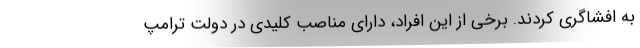
به افشاگری کردند. برخی از این افراد، دارای مناصب کلیدی در دولت ترامپ